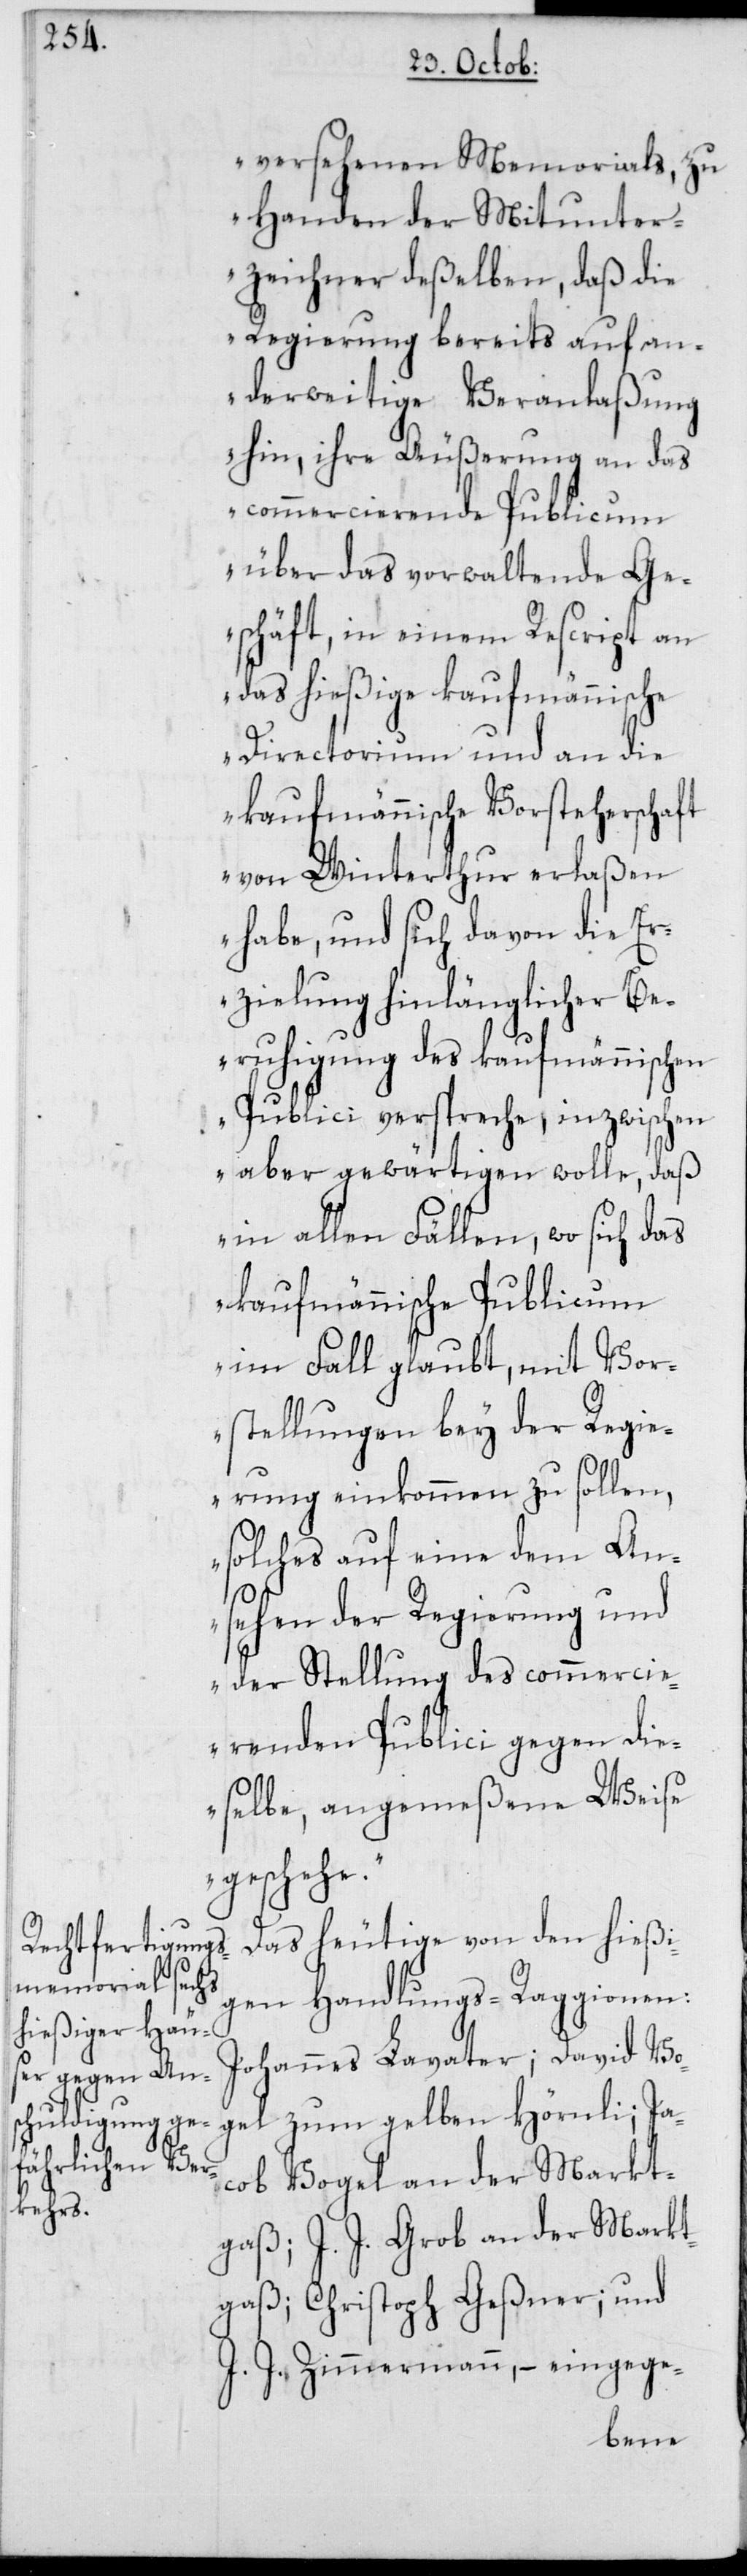
versehenen Memorials, zu
Handen der Mitunter¬
zeichner deßelben, daß die
Regierung bereits auf an¬
derweitige Veranlaßung
hin, ihre Äußerung an das
commercierende Publicum
über das vorwaltende Ge¬
schäft, in einem Rescript an
das hießige kaufmännische
Directorium und an die
kaufmännische Vorsteherschaft
von Winterthur erlaßen
habe, und sich davon die Er¬
zielung hinlänglicher Be¬
ruhigung des kaufmännischen
Publici verspreche, inzwischen
aber gewärtigen wolle, daß
in allen Fällen, wo sich das
kaufmännische Publicum
im Fall glaubt, mit Vor¬
stellungen bey der Regi¬
erung einkommen zu sollen,
solches auf eine dem An¬
sehen der Regierung und
der Stellung des commercie¬
renden Publicii gegen die¬
selbe, angemeßene Weise
geschehe“.
Das heutige von den hießi¬
gen Handlungs-Raggionen:
Johannes Lavater; David Vogel
cob Vogel an der Markt¬
Ja¬
gaß; J.J. Grob an der Markt¬
gaß; Christoph Geßner; und
J. J. Zimmermann; – eingege-